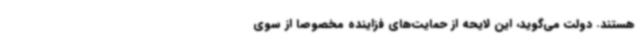
هستند. دولت می‌گوید، این لایحه از حمایت‌های فزاینده مخصوصا از سوی